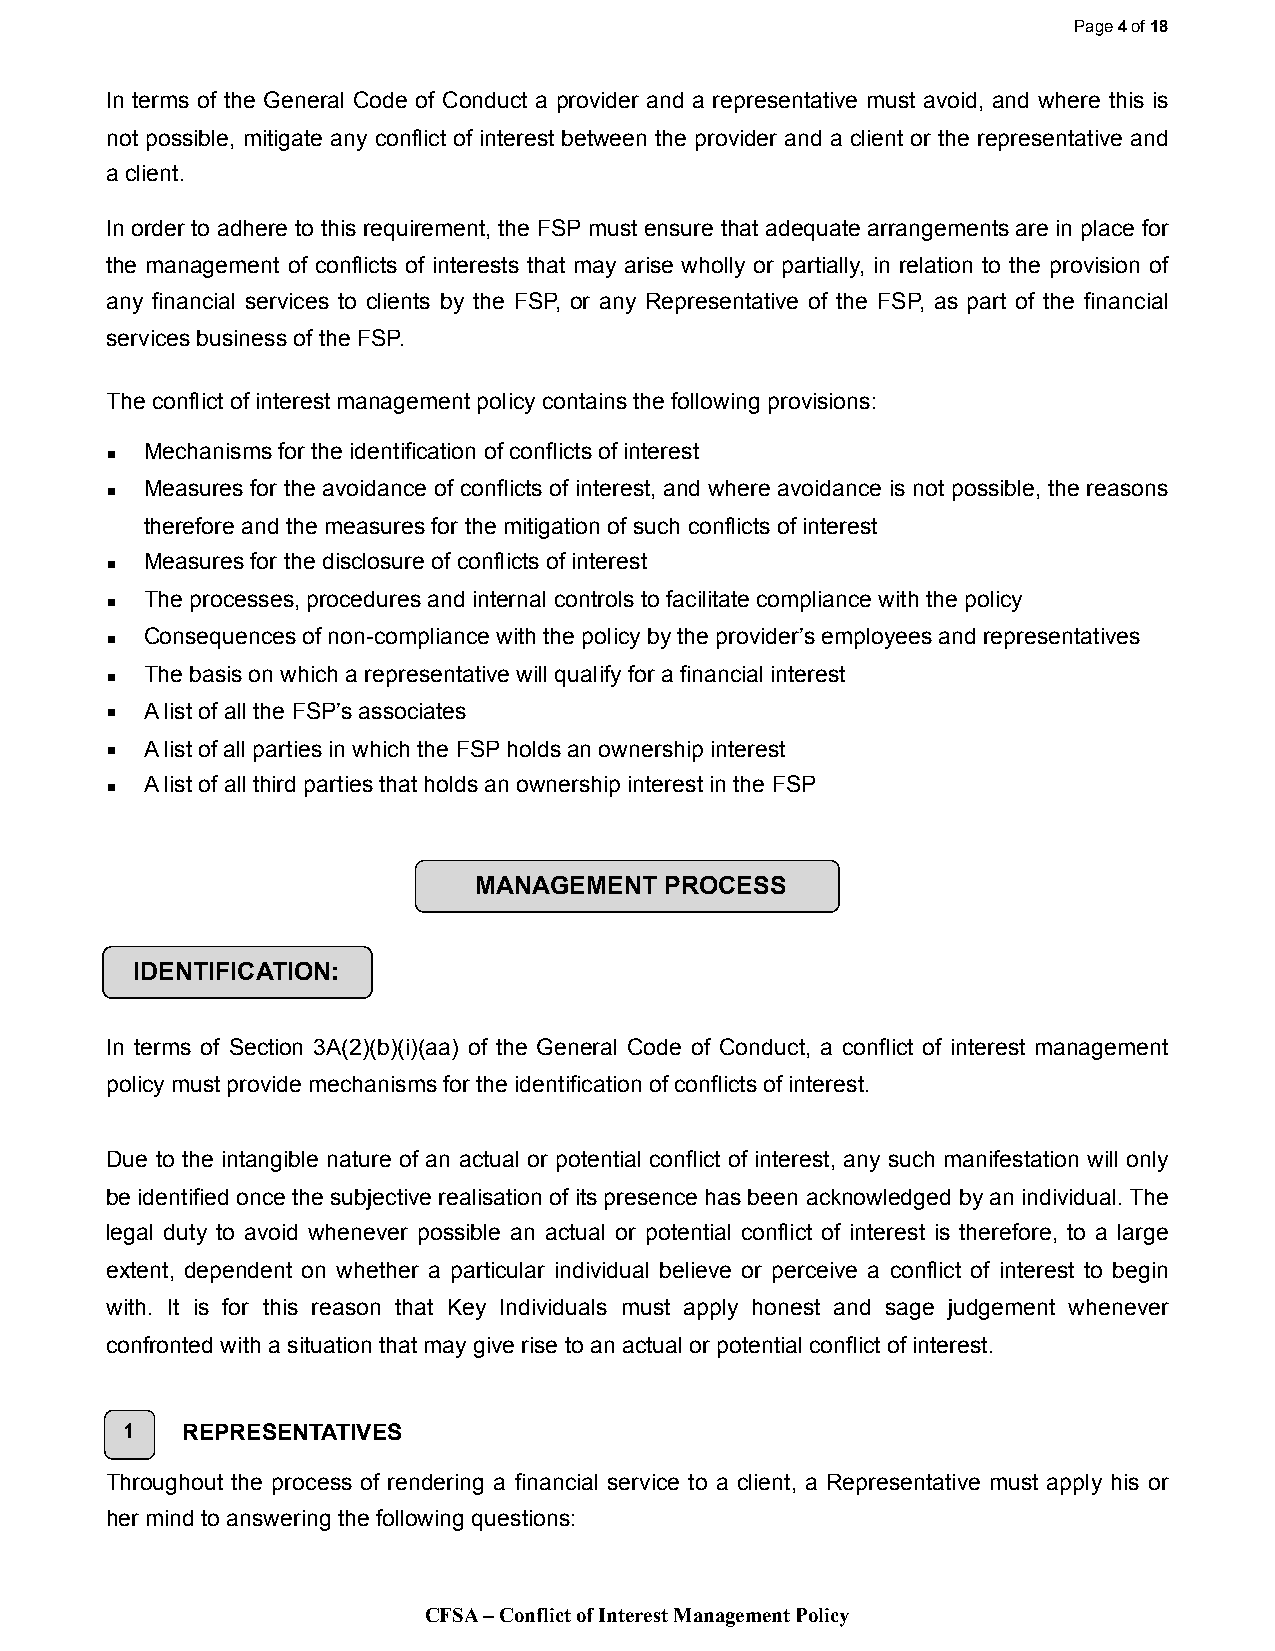
Page 4 of 18
 In terms of the General Code of Conduct a provider and a representative must avoid, and where this is
 not possible, mitigate any conflict of interest between the provider and a client or the representative and
 a client.
 In order to adhere to this requirement, the FSP must ensure that adequate arrangements are in place for
 the management of conflicts of interests that may arise wholly or partially, in relation to the provision of
 any financial services to clients by the FSP, or any Representative of the FSP, as part of the financial
 services business of the FSP.
 The conflict of interest management policy contains the following provisions:
 ▪  Mechanisms for the identification of conflicts of interest
 ▪  Measures for the avoidance of conflicts of interest, and where avoidance is not possible, the reasons
 therefore and the measures for the mitigation of such conflicts of interest
 ▪  Measures for the disclosure of conflicts of interest
 ▪  The processes, procedures and internal controls to facilitate compliance with the policy
 ▪  Consequences of non-compliance with the policy by the provider’s employees and representatives
 ▪  The basis on which a representative will qualify for a financial interest
 ▪  A list of all the FSP’s associates
 ▪  A list of all parties in which the FSP holds an ownership interest
 ▪  A list of all third parties that holds an ownership interest in the FSP
 MANAGEMENT   PROCESS
 IDENTIFICATION:
 In terms of Section 3A(2)(b)(i)(aa) of the General Code of Conduct, a conflict of interest management
 policy must provide mechanisms for the identification of conflicts of interest.
 Due to the intangible nature of an actual or potential conflict of interest, any such manifestation will only
 be identified once the subjective realisation of its presence has been acknowledged by an individual. The
 legal duty to avoid whenever possible an actual or potential conflict of interest is therefore, to a large
 extent, dependent on whether a particular individual believe or perceive a conflict of interest to begin
 with. It is for this reason that Key Individuals must apply honest and sage judgement whenever
 confronted with a situation that may give rise to an actual or potential conflict of interest.
 1   REPRESENTATIVES
 Throughout the process of rendering a financial service to a client, a Representative must apply his or
 her mind to answering the following questions:
 CFSA – Conflict of Interest Management Policy